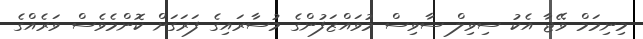
މިނިމަމް ވޭޖާ އެކު ސިވިލް ސާވިސް މުވައްޒަފުންގެ މުސާރައިގެ ފަރަގަށް ކޮންމެވެސް ވަރެއްގެ